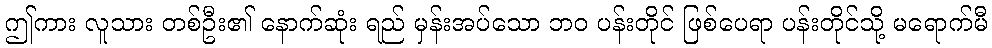
ဤကား လူသား တစ်ဦး၏ နောက်ဆုံး ရည် မှန်းအပ်သော ဘဝ ပန်းတိုင် ဖြစ်ပေရာ ပန်းတိုင်သို့ မရောက်မီ